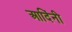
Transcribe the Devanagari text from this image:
आदिंनी